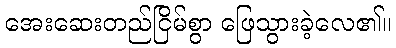
အေးဆေးတည်ငြိမ်စွာ ဖြေသွားခဲ့လေ၏။